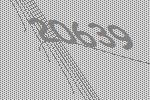
20639